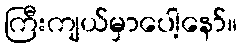
ကြီးကျယ်မှာပေါ့နော်။